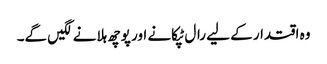
وہ اقتدار کے لیے رال ٹپکانے اور پوچھ ہلانے لگیں گے۔